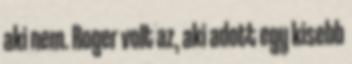
aki nem. Roger volt az, aki adott egy kisebb